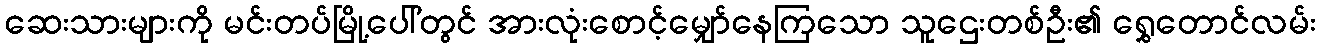
ဆေးသားများကို မင်းတပ်မြို့ပေါ်တွင် အားလုံးစောင့်မျှော်နေကြသော သူဌေးတစ်ဦး၏ ရွှေတောင်လမ်း